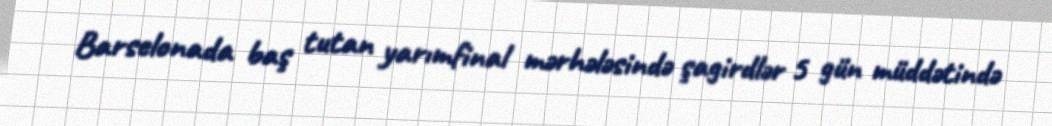
Barselonada baş tutan yarımfinal mərhələsində şagirdlər 5 gün müddətində